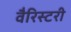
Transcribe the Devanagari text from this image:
वैरिस्टरी